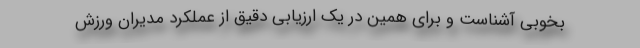
بخوبی آشناست و برای همین در یک ارزیابی دقیق از عملکرد مدیران ورزش